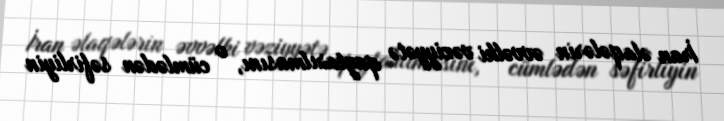
İran əlaqələrin əvvəlki vəziyyətə qaytarılmasını, o cümlədən səfirliyin